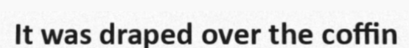
It was draped over the coffin